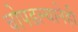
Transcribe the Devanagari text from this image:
चोपडल्यानेही